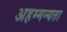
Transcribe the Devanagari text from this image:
अहम्मन्यता